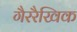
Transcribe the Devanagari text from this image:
गैररैखिक